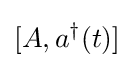
[A,a^{\dagger }(t)]